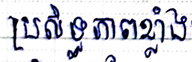
ប្រសិទ្ធភាពខ្លាំង